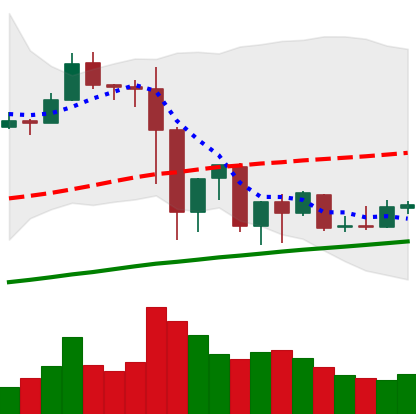
Ticker: EOS-USD
Chart end date: 2019-07-08
Forward return: -20.502%
Label: down_7plus